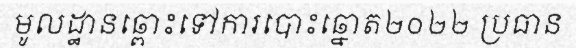
មូលដ្ឋានឆ្ពោះទៅការបោះឆ្នោត២០២២ ប្រធាន